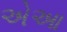
એઆ